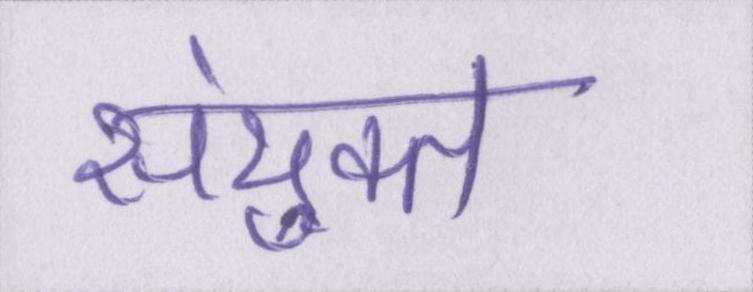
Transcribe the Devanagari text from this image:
संयुक्त